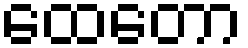
ထေတော